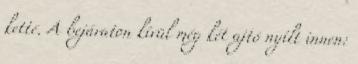
ketté. A bejáraton kívül még két ajtó nyílt innen: